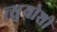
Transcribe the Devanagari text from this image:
त्सुयोशी